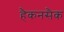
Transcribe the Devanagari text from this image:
हैकनसैक